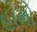
હોમો